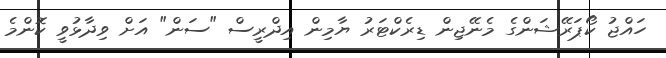
ހައްޖު ކޯޕަރޭޝަންގެ މެނޭޖިން ޑިރެކްޓަރު ޔާމިން އިދްރީސް "ސަން" އަށް ވިދާޅުވީ ކޮންމެ